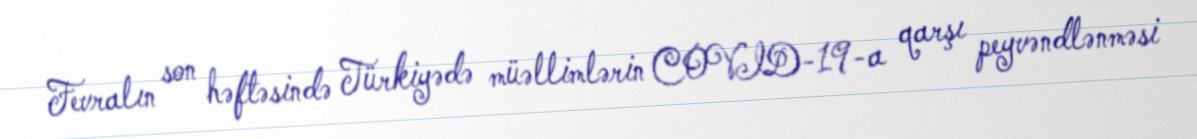
Fevralın son həftəsində Türkiyədə müəllimlərin COVID-19-a qarşı peyvəndlənməsi